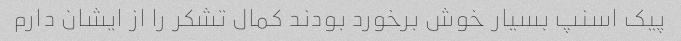
پیک اسنپ بسیار خوش برخورد بودند کمال تشکر را از ایشان دارم